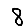
Digit: 8